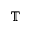
\mathbb { T }